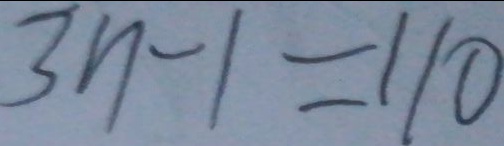
3 n - 1 = 1 1 0